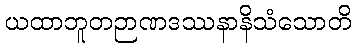
ယထာဘူတဉာဏဒဿနာနိသံသောတိ